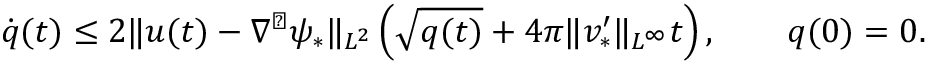
\dot { q } ( t ) \leq 2 \| u ( t ) - \nabla ^ { \perp } \psi _ { * } \| _ { L ^ { 2 } } \left( \sqrt { q ( t ) } + 4 \pi \| v _ { * } ^ { \prime } \| _ { L ^ { \infty } } t \right) , \qquad q ( 0 ) = 0 .